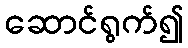
ဆောင်ရွက်၍